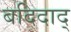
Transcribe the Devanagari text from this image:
बदिदाद्